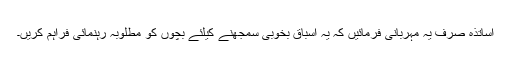
اساتذہ صرف یہ مہربانی فرمائیں کہ یہ اسباق بخوبی سمجھنے کیلئے بچوں کو مطلوبہ رہنمائی فراہم کریں۔